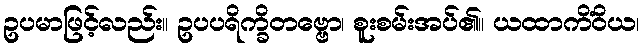
ဥပမာဖြင့်လည်း။ ဥပပရိက္ခိတဗ္ဗော၊ စူးစမ်းအပ်၏။ ယထာကိံဝိယ၊